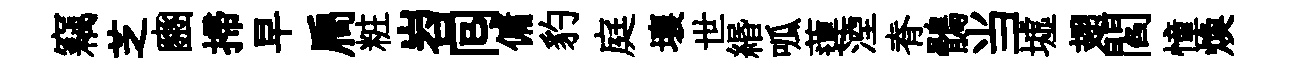
竊芝豳掃早扃粧岧囘傭豹庭壤世緡呱蓮湮脊鶻当墟翅閻憧焕